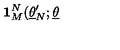
\mathbf { 1 } _ { M } ^ { N } ( \underline { { \theta } } _ { N } ^ { \prime } ; \underline { { \theta } }